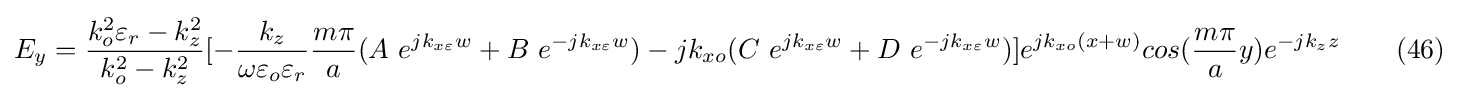
E_{y}={\frac {k_{o}^{2}\varepsilon _{r}-k_{z}^{2}}{k_{o}^{2}-k_{z}^{2}}}[-{\frac {k_{z}}{\omega \varepsilon _{o}\varepsilon _{r}}}{\frac {m\pi }{a}}(A\ e^{jk_{x\varepsilon }w}+B\ e^{-jk_{x\varepsilon }w})-jk_{xo}(C\ e^{jk_{x\varepsilon }w}+D\ e^{-jk_{x\varepsilon }w})]e^{jk_{xo}(x+w)}cos({\frac {m\pi }{a}}y)e^{-jk_{z}z}\ \ \ \ \ \ (46)